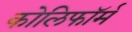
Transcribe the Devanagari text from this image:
कोलिफॉर्म